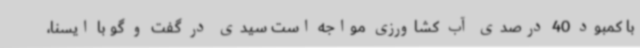
با کمبود 40 درصدی آب کشاورزی مواجه است سیدی در گفت و گو با ایسنا،